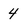
Character: 4